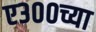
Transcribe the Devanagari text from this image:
ए३००च्या